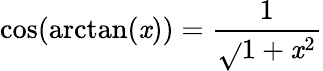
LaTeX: \cos(\arctan(\mathit{x}))={\frac{{1}}{{\sqrt{}{{1+\mathit{x}^{2}}}}}}